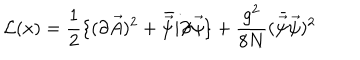
LaTeX: { \cal L } ( x ) = { \frac { 1 } { 2 } } \{ ( \partial \vec { A } ) ^ { 2 } + \bar { \vec { \psi } } i \partial \llap / \vec { \psi } \} + { \frac { g ^ { 2 } } { 8 N } } ( \bar { \vec { \psi } } \vec { \psi } ) ^ { 2 }